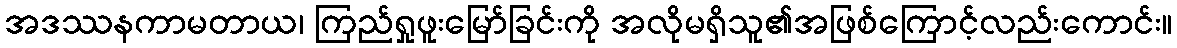
အဒဿနကာမတာယ၊ ကြည်ရှုဖူးမြော်ခြင်းကို အလိုမရှိသူ၏အဖြစ်ကြောင့်လည်းကောင်း။